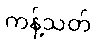
ကန့်သတ်